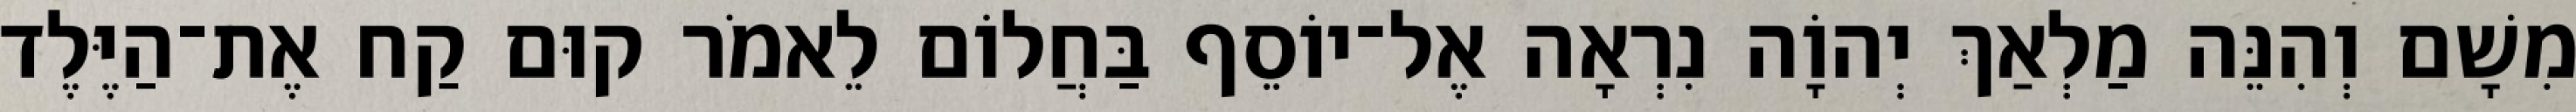
מִשָׁם וְהִנֵּה מַלְאַךְ יְהוָֹה נִרְאָה אֶל־יוֹסֵף בַּחֲלוֹם לֵאמֹר קוּם קַח אֶת־הַיֶּלֶד